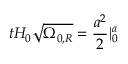
t H _ { 0 } { \sqrt { \Omega _ { 0 , R } } } = { \frac { a ^ { 2 } } { 2 } } | _ { 0 } ^ { a }